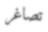
تصاغر